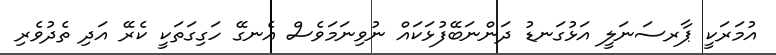
އުމަރަކީ ޕާރސަނަލީ އަޅުގަނޑު ދަންނަބޭފުޅަކައް ނުވިނަމަވެސް އެނގޭ ހަގިގަތަކީ ކެރޭ އަދި ތެދުވެރި